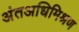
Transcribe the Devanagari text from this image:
अंतअधिमिश्रण